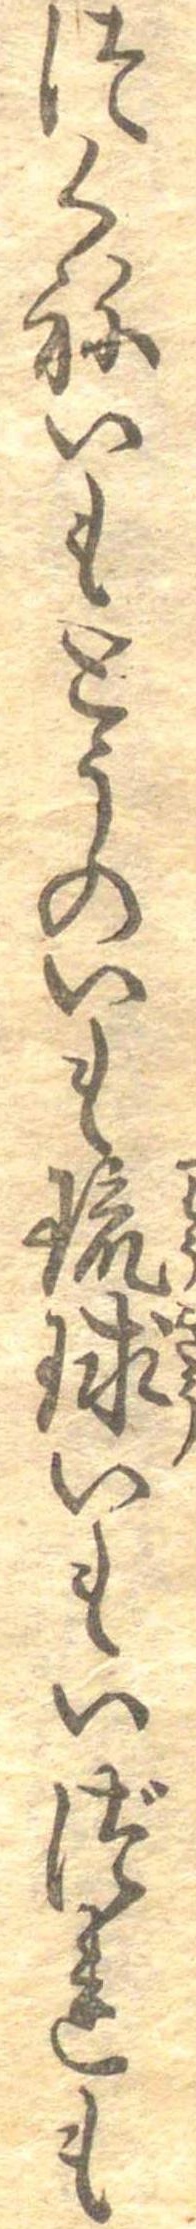
つくねいもとうのいも琉球いもいづれも